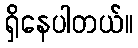
ရှိနေပါတယ်။